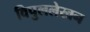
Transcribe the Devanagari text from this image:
विपुललेखन